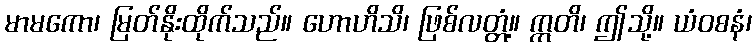
မာမကော၊ မြတ်နိုးထိုက်သည်။ ဟောဟိသိ၊ ဖြစ်လတ္တံ့။ ဣတိ၊ ဤသို့။ ယံဝစနံ၊